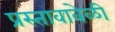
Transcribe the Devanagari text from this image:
प्रस्तावावेळी